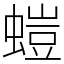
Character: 螘